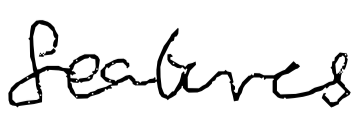
Text: features
Cross-out: clean
Writing tool: digital_black